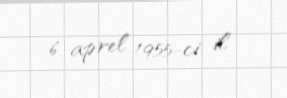
6 aprel 1955-ci il